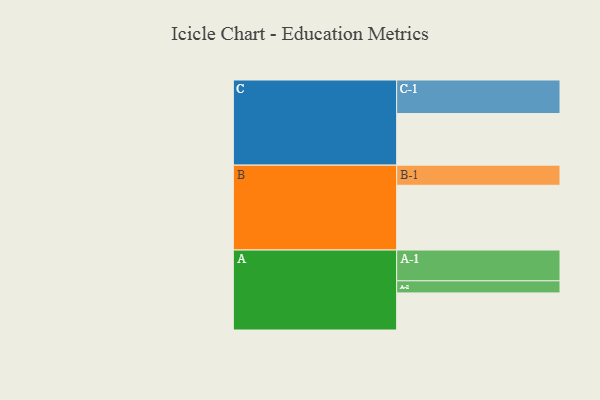
{"axis": {"x": "Segment", "y": "Value"}, "legend": ["", "A", "B", "C"], "data": [{"x": "A", "y": 300, "type": ""}, {"x": "B", "y": 524, "type": ""}, {"x": "C", "y": 418, "type": ""}, {"x": "A-1", "y": 249, "type": "A"}, {"x": "A-2", "y": 98, "type": "A"}, {"x": "B-1", "y": 163, "type": "B"}, {"x": "C-1", "y": 271, "type": "C"}]}